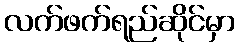
လက်ဖက်ရည်ဆိုင်မှာ